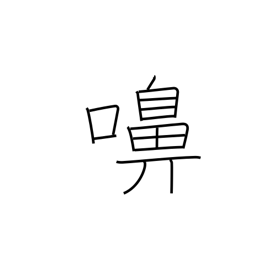
Meaning: snorting